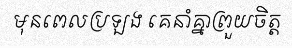
មុនពេលប្រឡង គេនាំគ្នាព្រួយចិត្ត